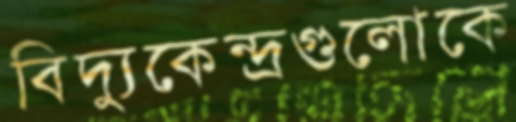
বিদ্যুকেন্দ্রগুলোকে